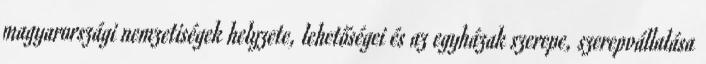
magyarországi nemzetiségek helyzete, lehetőségei és az egyházak szerepe, szerepvállalása